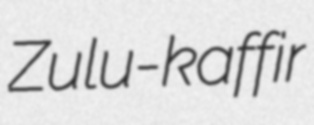
Zulu-kaffir